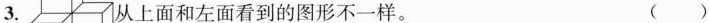
3. 人上面和左面看到的图形不一样。( )